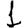
Digit: 1